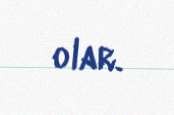
olar.